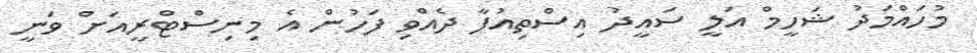
މުހައްމަދު ޝަހީމް އަލީ ސައީދު އިސްތިއުފާ ދެއްވި ފަހުން އެ މިނިސްޓްރީއަށް ވަނީ